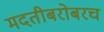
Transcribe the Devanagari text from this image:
मदतीबरोबरच